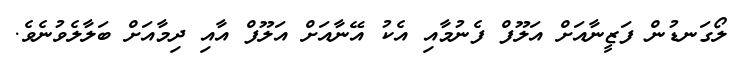
ލޯގަނޑުން ފަޒީނާއަށް އަލޫފް ފެނުމާއި އެކު އޭނާއަށް އަލޫފް އާއި ދިމާއަށް ބަލާލެވުނެވެ.